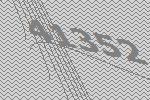
41352